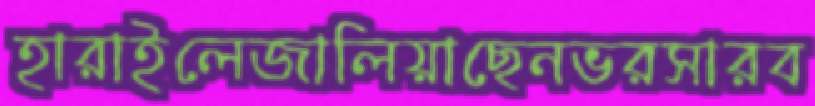
হারাইলেজালিয়াছেনভরসারব